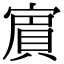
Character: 賔